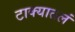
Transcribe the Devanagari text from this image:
टाक्यातलं